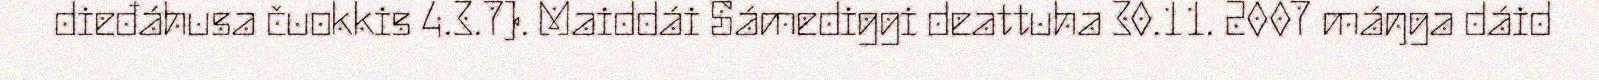
dieđáhusa čuokkis 4.3.7). Maiddái Sámediggi deattuha 30.11. 2007 máŋga dáid